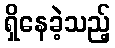
ရှိနေခဲ့သည့်